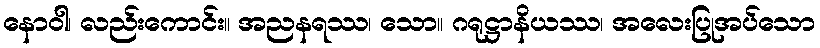
နောဝါ၊ လည်းကောင်း။ အညနရဿ၊ သော။ ဂရုဋ္ဌာနိယဿ၊ အလေးပြုအပ်သော